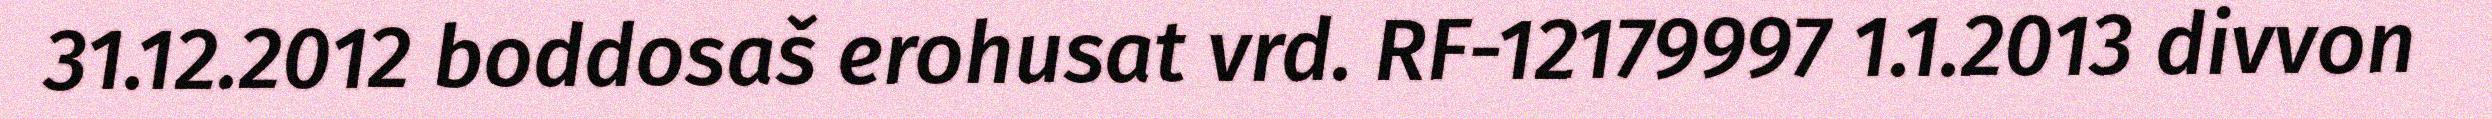
31.12.2012 boddosaš erohusat vrd. RF-12179997 1.1.2013 divvon